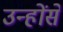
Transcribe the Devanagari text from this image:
उन्होंसे